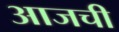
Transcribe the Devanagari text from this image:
अाजची